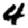
Digit: 4